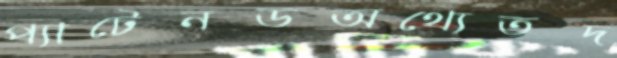
প্যাটেনডঅথ্যেতদ